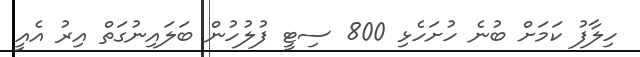
ހިލާފު ކަމަށް ބުނެ ހުށަހެޅި 800 ސިޓީ ފުލުހުން ބަލައިނުގަތް އިރު އެއީ